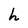
Character: h